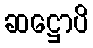
ဆဋ္ဌောပိ